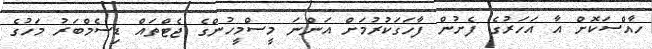
ހާއްސަކޮށް އާ އަހަރުގެ ފެށުން ފާހަގަކުރުމަށް އަންނަ މީސްމީހުންގެ ޖެޓްތައް ޑިސެމްބަރު މަހުގެ